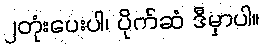
၂တုံးပေးပါ၊ ပိုက်ဆံ ဒီမှာပါ။